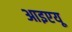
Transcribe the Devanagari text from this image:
आइएयू